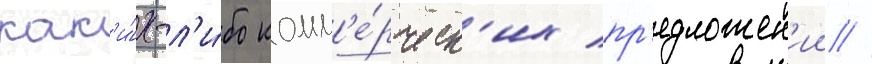
как'и́х-л'и́бо комм'е́рческ'их пр'едложен'ии //